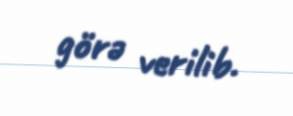
görə verilib.